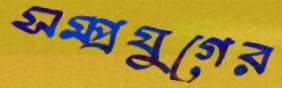
সম্প্রযুগের